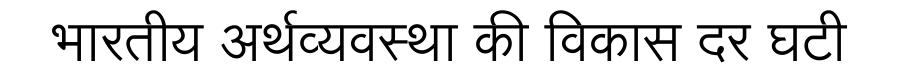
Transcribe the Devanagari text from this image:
भारतीय अर्थव्यवस्था की विकास दर घटी